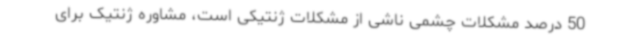
50 درصد مشکلات چشمی ناشی از مشکلات ژنتیکی است، مشاوره ژنتیک برای